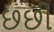
છછી